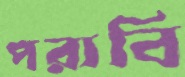
পরাবি